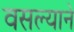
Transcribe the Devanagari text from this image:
वसल्याने